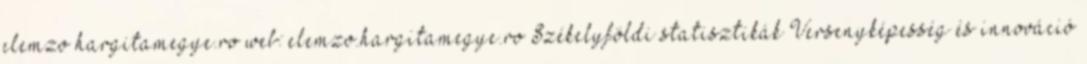
elemzo hargitamegye.ro web: elemzo.hargitamegye.ro Székelyföldi statisztikák Versenyképesség és innováció